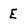
Character: E